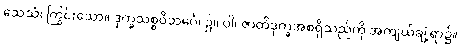
သေသံ၊ ကြွင်းသော။ ဒုက္ခသစ္စဝိဘင်္ဂေ၊ ၌။ ဝါ၊ ဇာတိဒုက္ခအစရှိသည်ကို အကျယ်ချဲ့ရာ၌။